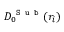
D _ { 0 } ^ { \texttt { S u b } } ( r _ { i } )